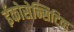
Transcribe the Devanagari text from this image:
ईकोसेन्सिटिव्ह